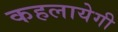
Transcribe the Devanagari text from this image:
कहलायेगी